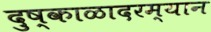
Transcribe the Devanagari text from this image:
दुष्काळादरम्यान